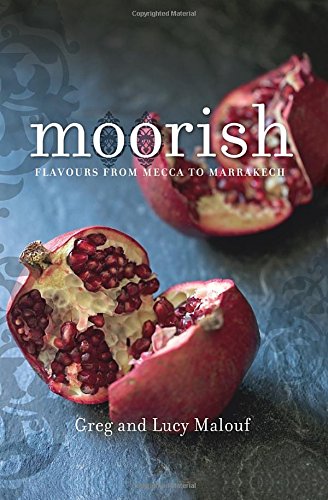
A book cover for Moorish: Flavours from Mecca to Marrakech; Greg Malouf; Cookbooks, Food & Wine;